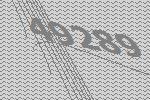
49289